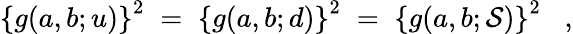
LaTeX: \left\{ g(a,b;u)\right\} ^{2}\; =\; \left\{ g(a,b;d)\right\} ^{2}\; =\; \left\{ g(a,b;\mathcal{S})\right\} ^{2}\; \; \; ,